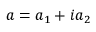
a = a _ { 1 } + i a _ { 2 }